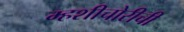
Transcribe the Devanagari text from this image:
म्हशीचोरीची